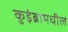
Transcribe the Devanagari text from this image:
कुइंब्रामधील